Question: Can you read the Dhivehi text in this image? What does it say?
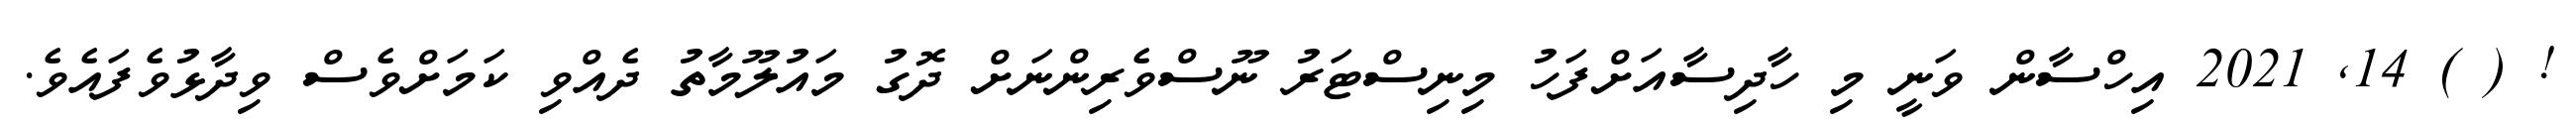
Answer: ! ( ) 14, 2021 އިހްސާން ވަނީ މި ހާދިސާއަށްފަހު މިނިސްޓަރު ނޫސްވެރިންނަށް ދޮގު މައުލޫމާތު ދެއްވި ކަމަށްވެސް ވިދާޅުވެފައެވެ.